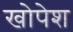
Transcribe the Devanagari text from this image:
खोपेश